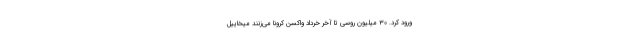
ورود کرد. ۳۰ میلیون روسی تا آخر خرداد واکسن کرونا می‌زنند میخاییل